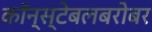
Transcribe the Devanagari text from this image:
कॉन्स्टेबलबरोबर